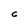
Character: C